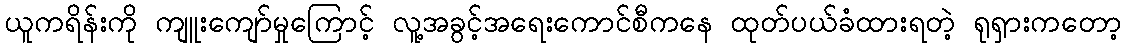
ယူကရိန်းကို ကျူးကျော်မှုကြောင့် လူ့အခွင့်အရေးကောင်စီကနေ ထုတ်ပယ်ခံထားရတဲ့ ရုရှားကတော့